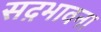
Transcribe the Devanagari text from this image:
सद़भावना